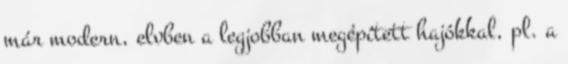
már modern, elvben a legjobban megépített hajókkal, pl. a